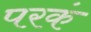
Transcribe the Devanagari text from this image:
परकं